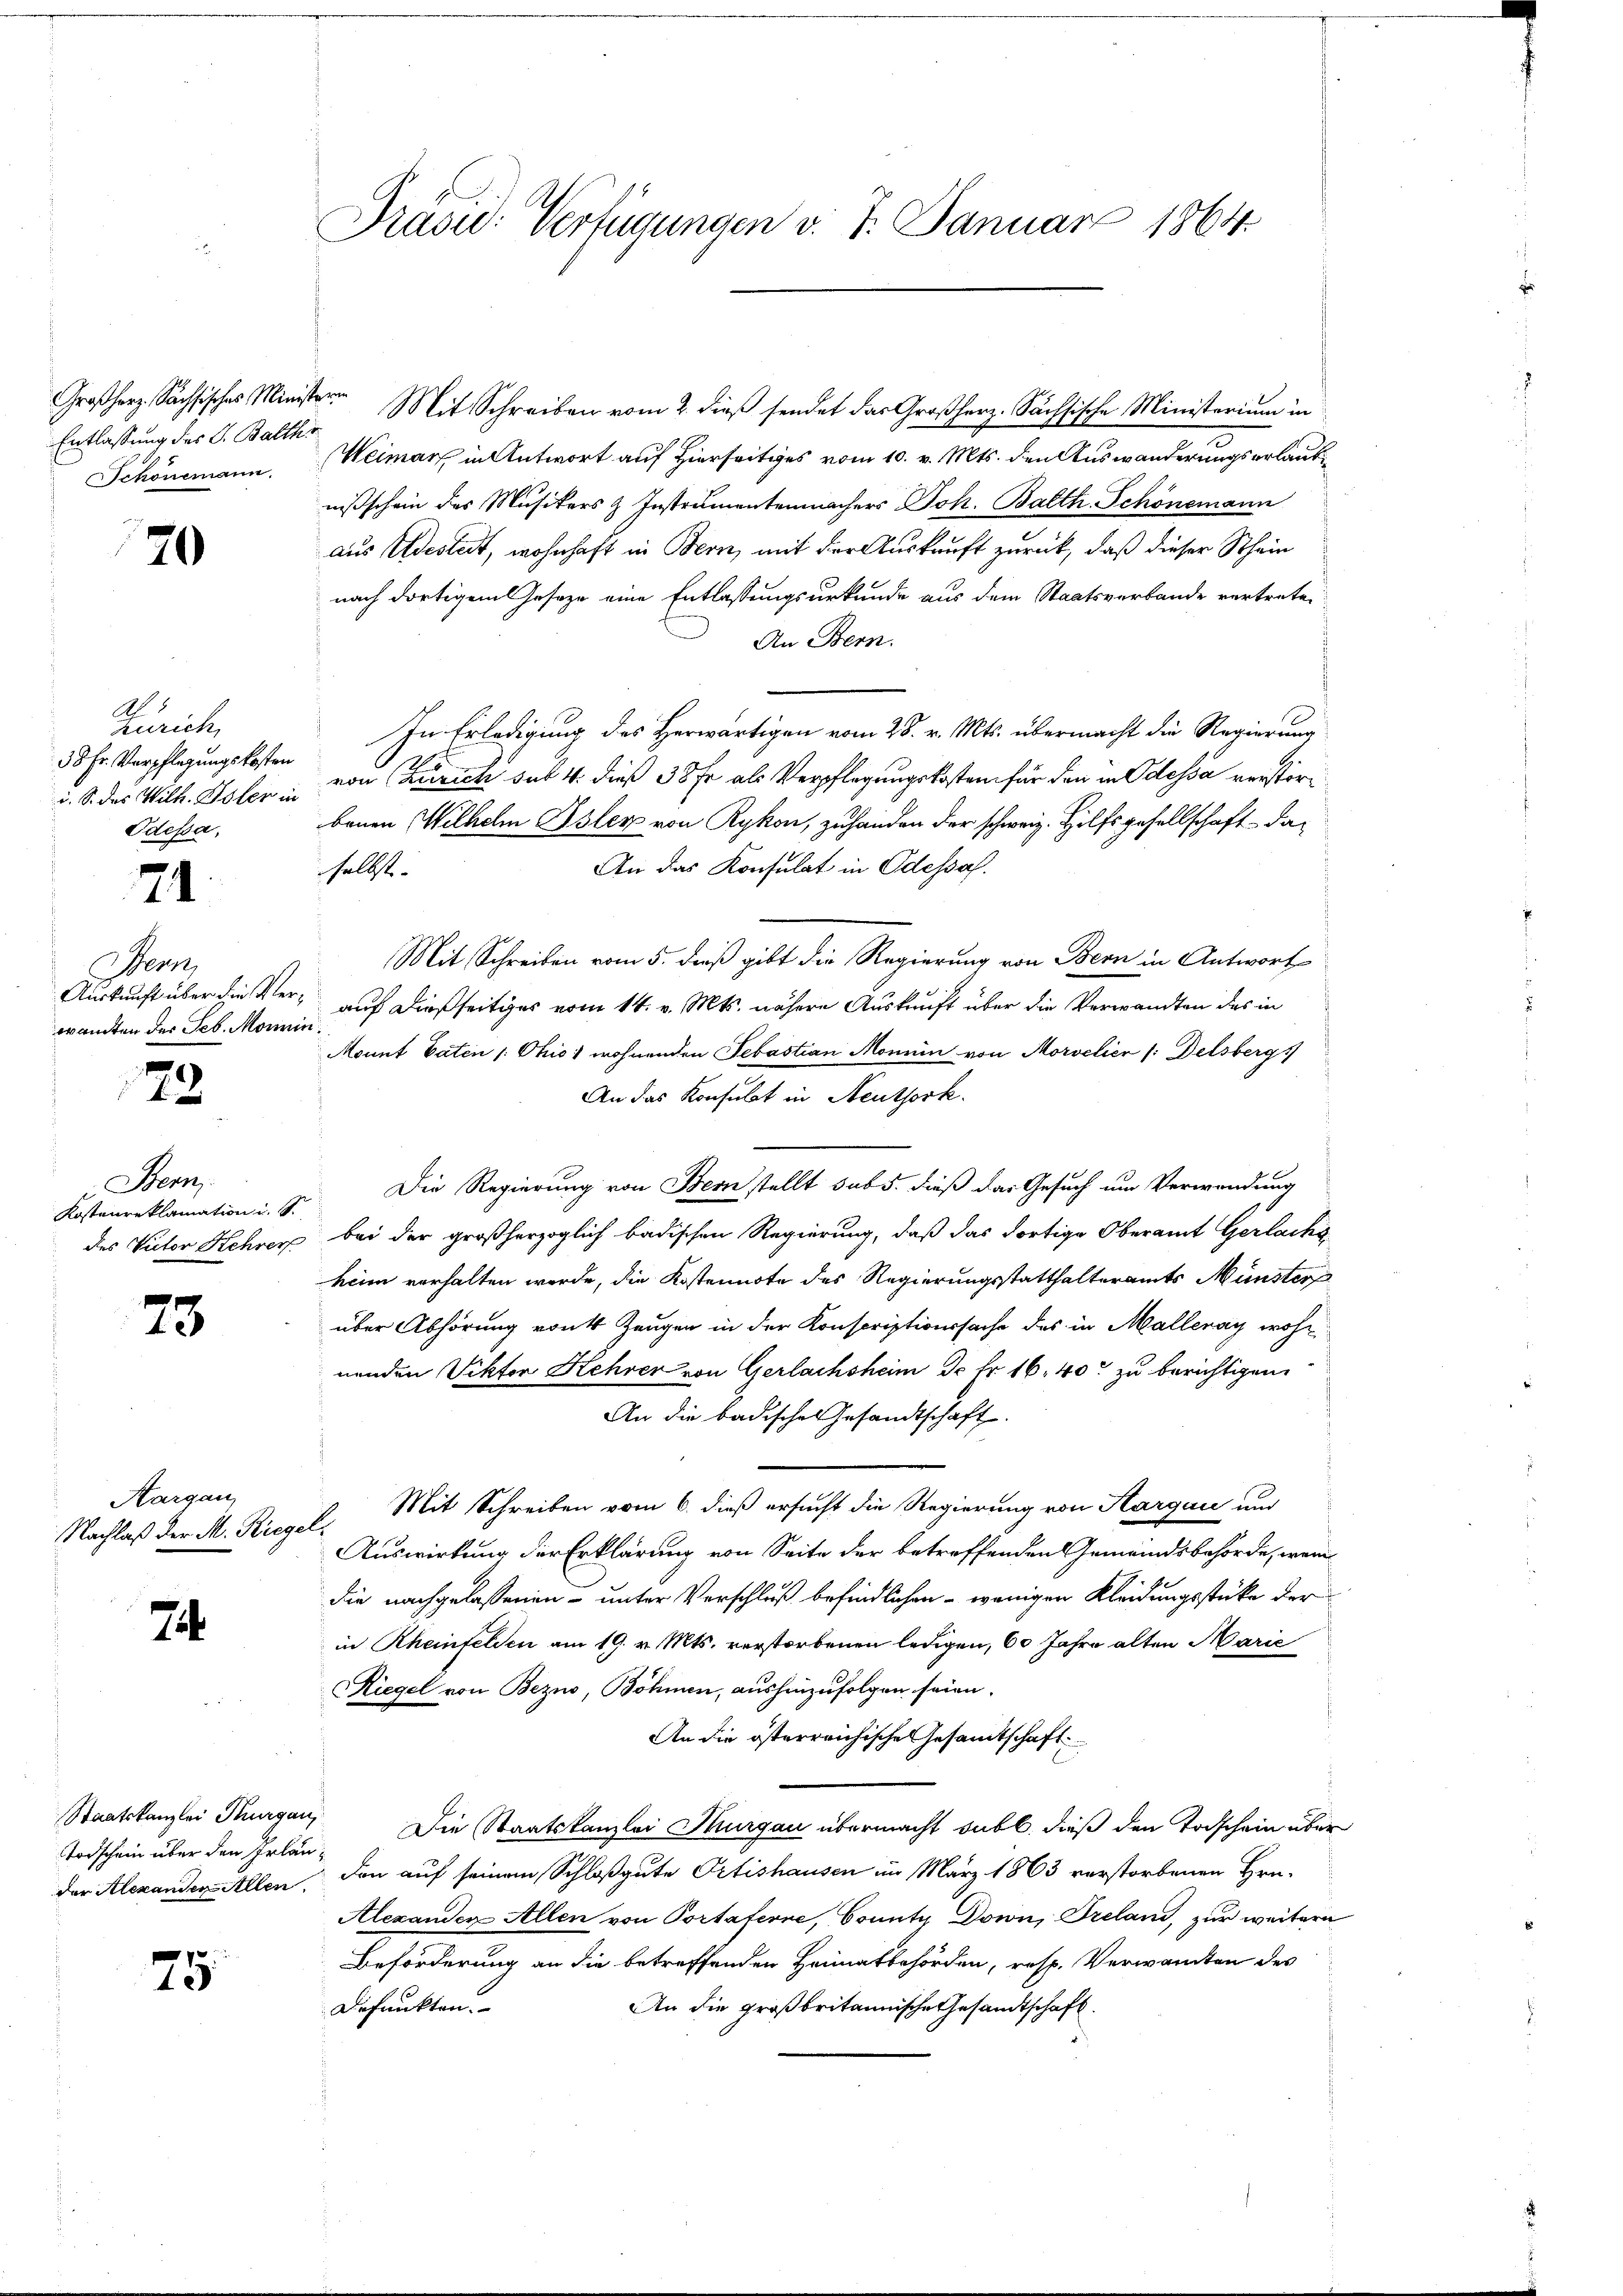
Großherz, Sachsisches Minister
Entlassung des J. Balth.
Schönemann.

70

1
Zürich,
38 Fr. Verpflegungskosten
i. S. des Wilh. Woler in
Odessa,

74

Ber
Auskunft über die Verwandten der Seb. Monne

23

Bern,
Kostenreklamation u. s.
des Victor Kehrer

73.

Aargau,
Nachlaß der M. Riege

74.

Staatskanzlei Thurgau,
Todschein über den Irlander Alexanden Allen.

75

Präsid. Verfügungen v. 7. Januar 1864.

en
Mit Schreiben vom 2. dieß sendet das Großherz-Sächsische Ministerium in
Weimar in Antwort auf Hierseitiges vom 10. v. Mts. den Auswanderungserlaubnißschein des Musikers & Instrumentenmachers Joh. Balth. Schönemann
aus destadt, wohnhaft in Bern, mit der Auskauft zurück, daß dieser Schein
nach dortigem Geseze eine Entlassungsurkunde aus dem Staatsverbande vertrete¬
An Bern.
In Erledigung des Herwärtigen vom 28. v. Mts. übermacht die Regierung
1
von (Zürich sub 4. dieß 38 fr als Verpflegungskosten für den in Odessa verstörbenen Wilhelm Isler von Rykon, zuhanden der schweiz. Hilfsgesellschaft da¬
An das Konsulat in Odessa.
selbst.
Mit Schreiben vom 5. dieß gibt die Regierung von Bern in Antwort
auf dießseitiges vom 14. v. Mts. nähere Auskunft über die Verwandten des in
Monnt Paten /: Ohio wohnenden Sebastian Monnin von Morvelier (: Delsbergs
An das Konsulat in Neuthork.
Die Regierung von Bern stellt sub 5. dieß das Gesuch um Verwendung
bei der großherzoglich badischen Regierung, daß das dortige Oberamt Gerlacke
heim vorhalten werde, die Kostennote des Regierungsstatthalteramts Münster
über Abhörung von 4 Zeugen in der Konscriptionssache des in Malleray wohnnenden Viktor Kehrer von Gerlachsheim de fr. 16, 40 zu berichtigen.
An die badisches Gesandtschaft.
Mit Schreiben vom 6. dieß ersucht die Regierung von Hargau und
Auswirkung der Erklärung von Seite der betreffenden Gemeindsbehörde, wenn
die nachgelassenen unter Verschluß befindlichen - wenigen Kleidungsstücke der
in Rheinfelden am 19. v. Mts. verstorbenen ledigen, 60 Jahre alten Marić
Riegel von Bezno, Böhmen, aushinzufolgen seien.
An die österreichische Gesamtschaft
Die Staatskanzlei Thurgau übermacht subl. dieß den Todschein über
don auf seinem Schloß gute Petishausen im März 1863 verstorbenen Hrn.
Alexanden Allen von Portaferne, County Down, Treland, zur weitere
Beförderung an die betreffenden Heimatbehörden, resp. Verwandten des
An die großbritannische Gesandtschaft.
Defunkten.